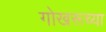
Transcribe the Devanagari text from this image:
गोखरूच्या